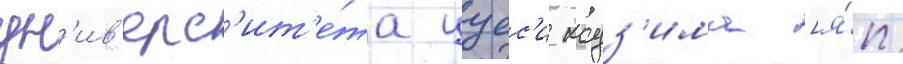
ун'ив'ерс'ит'е́та цуес'и кодз'има [я́п.